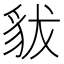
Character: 𧲯